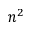
n ^ { 2 }